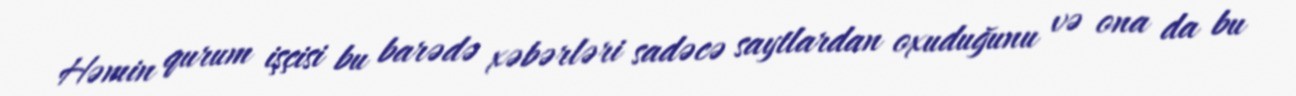
Həmin qurum işçisi bu barədə xəbərləri sadəcə saytlardan oxuduğunu və ona da bu